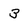
Character: 3